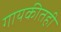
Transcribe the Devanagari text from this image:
गायकीतही